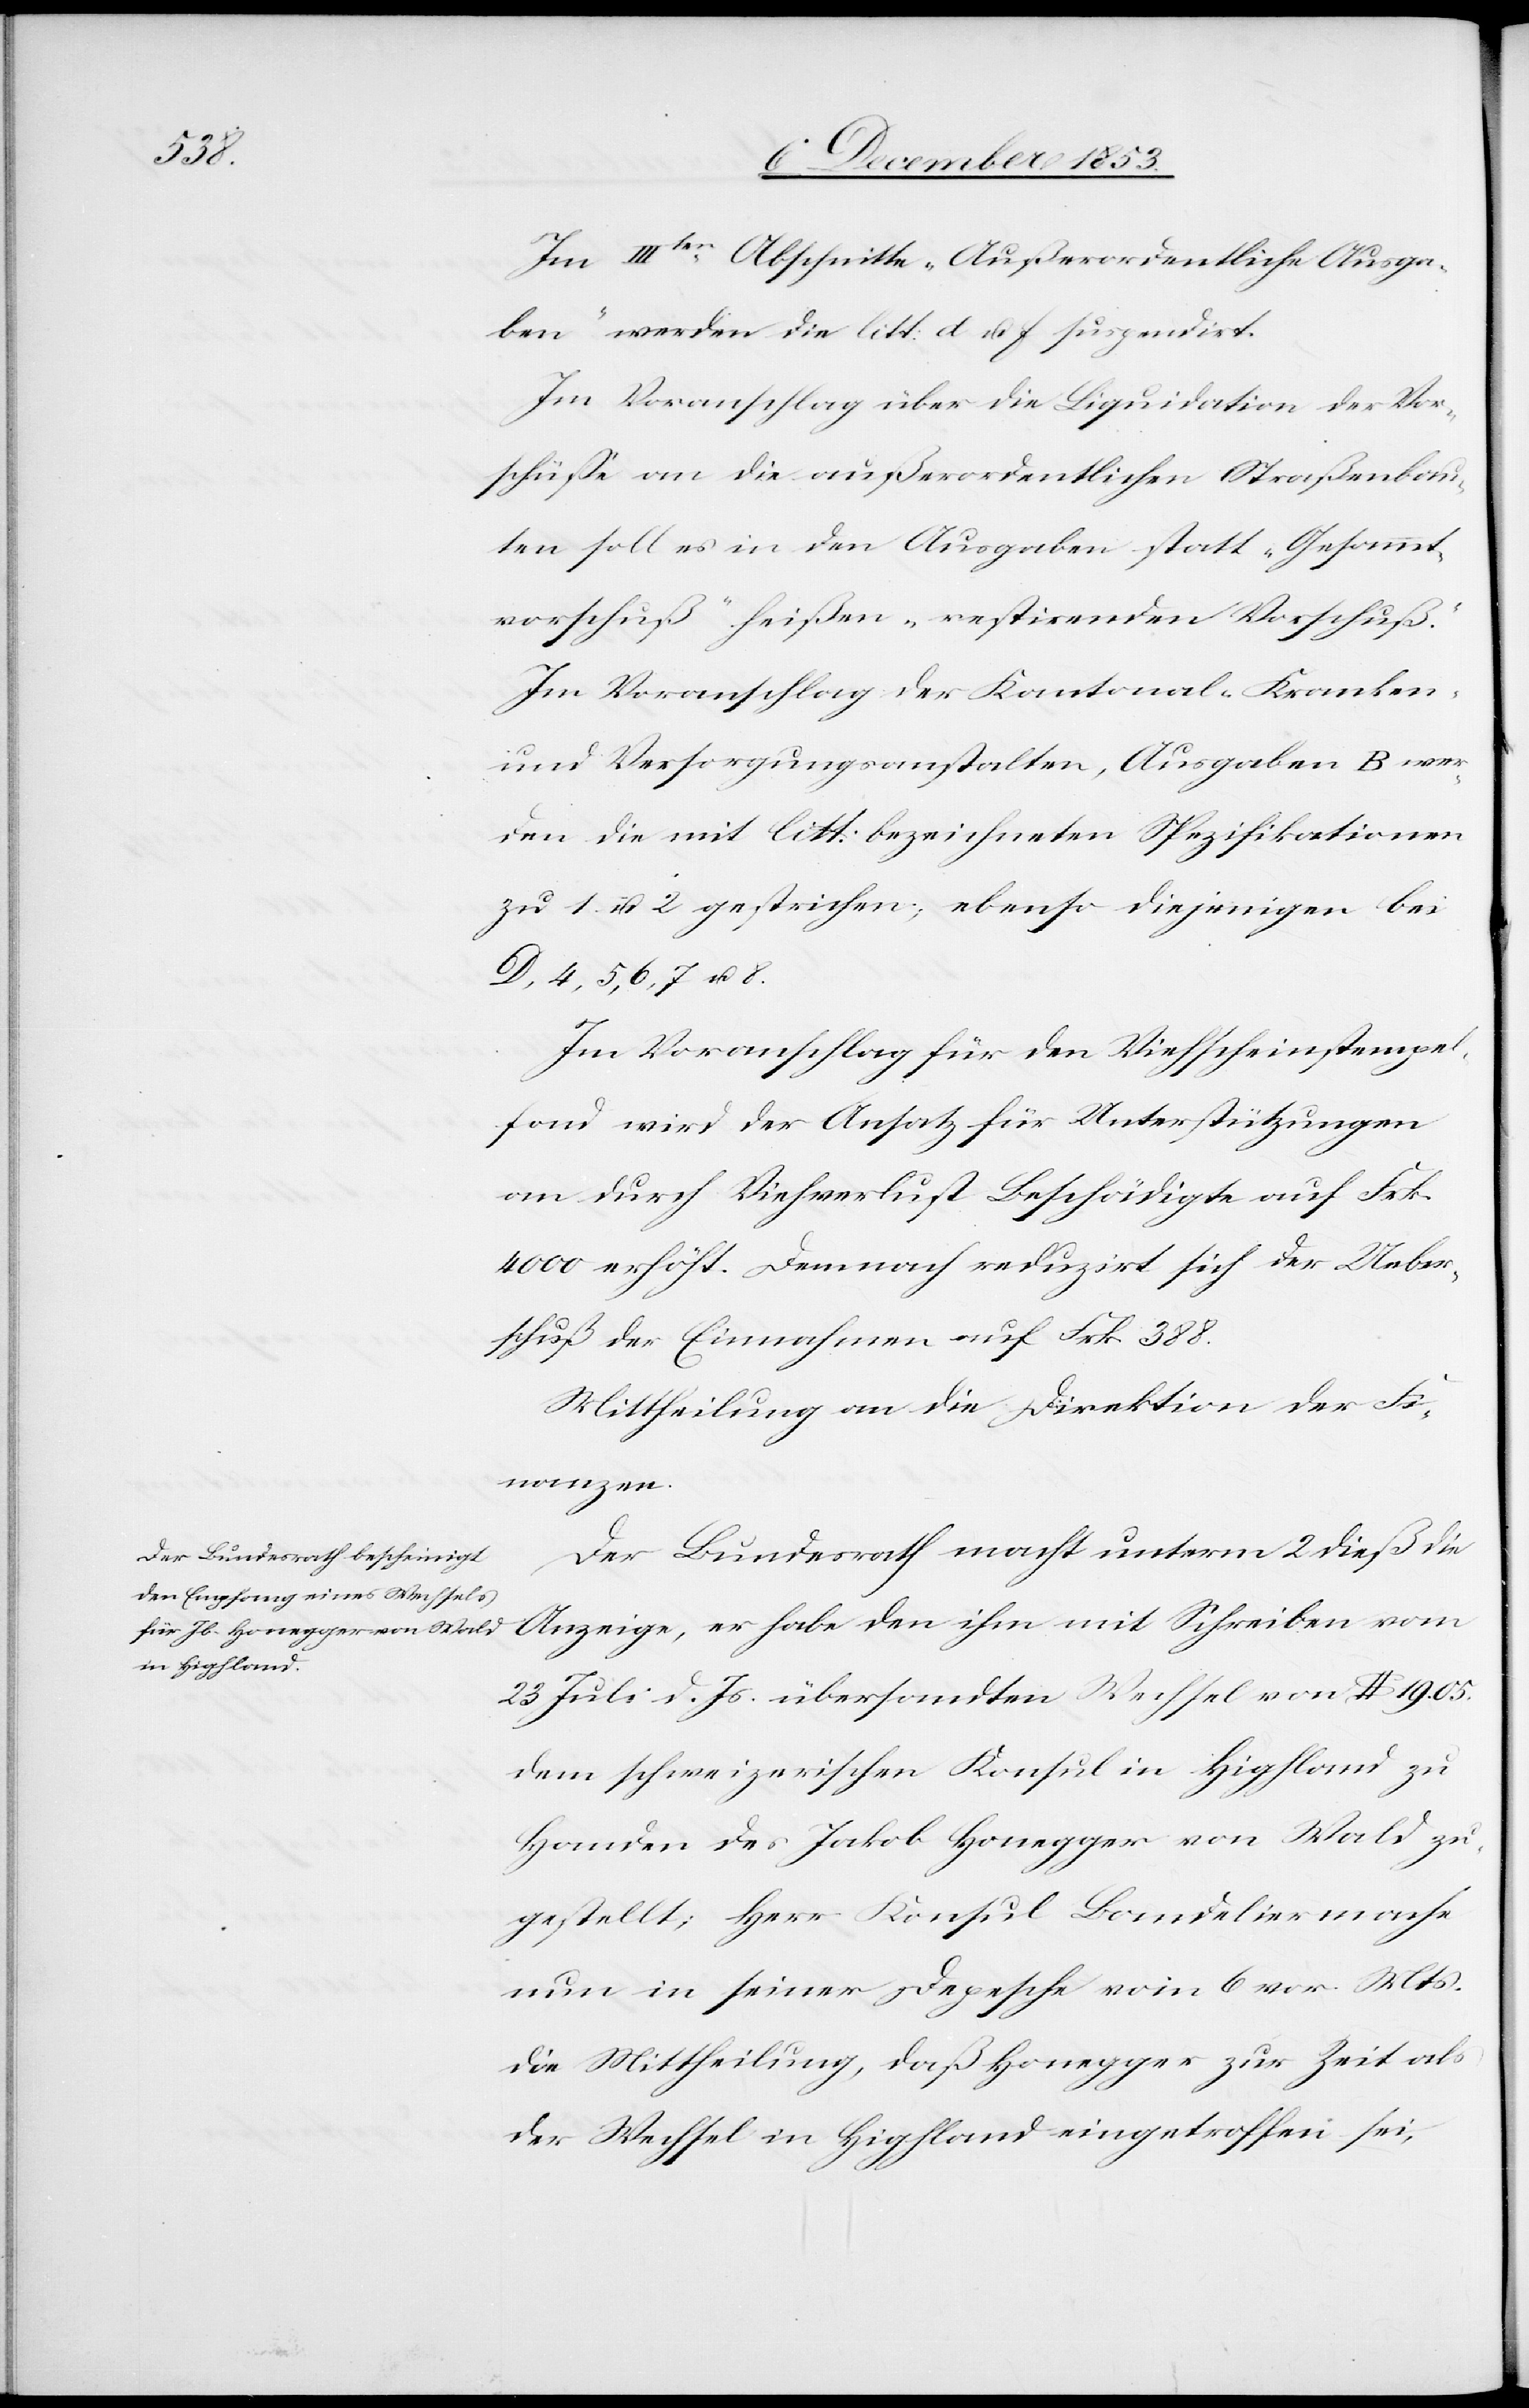
Im IIIten Abschnitte „Außerordentliche Ausga¬
ben“ werden die litt. d u. f. suspendirt.
Im Voranschlag über die Liquidation der Vor¬
schüße an die außerordentlichen Straßenbau¬
ten soll es in den Ausgaben statt „Gesammt¬
vorschuß“ heißen „restirenden Vorschuß.“
Im Voranschlag der Kantonal- Kranken-
und Versorgungsanstalten, Ausgaben B wer¬
den die mit litt: bezeichneten Spezifikationen
zu 1. u. 2 gestrichen; ebenso diejenigen bei
D, 4, 5, 6, 7, u. 8.
Im Voranschlag für den Viehscheinstempel¬
fond wird der Ansatz für Unterstützungen
an durch Viehverlust Beschädigte auf Frk.
4000 erhöht. Demnach reduzirt sich der Ueber¬
schuß der Einnahmen auf Frk. 388.
Mittheilung an die Direktion der Fi¬
nanzen.
Der Bundesrath macht unterm 2 dieß die
Anzeige, er habe den ihm mit Schreiben vom
23 Juli d. Js. übersandten Wechsel von $ 19.05.
dem schweizerischen Konsul in Hipfland zu
Handen des Jakob Honegger von Wald zu¬
gestellt; Herr Konsul Bandelier mache
nun in seiner Depesche vom 6 v. Mts.
die Mittheilung, daß Honegger zur Zeit als
der Wechsel in Hipfland eingetroffen sei,